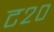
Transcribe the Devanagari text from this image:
ट२०